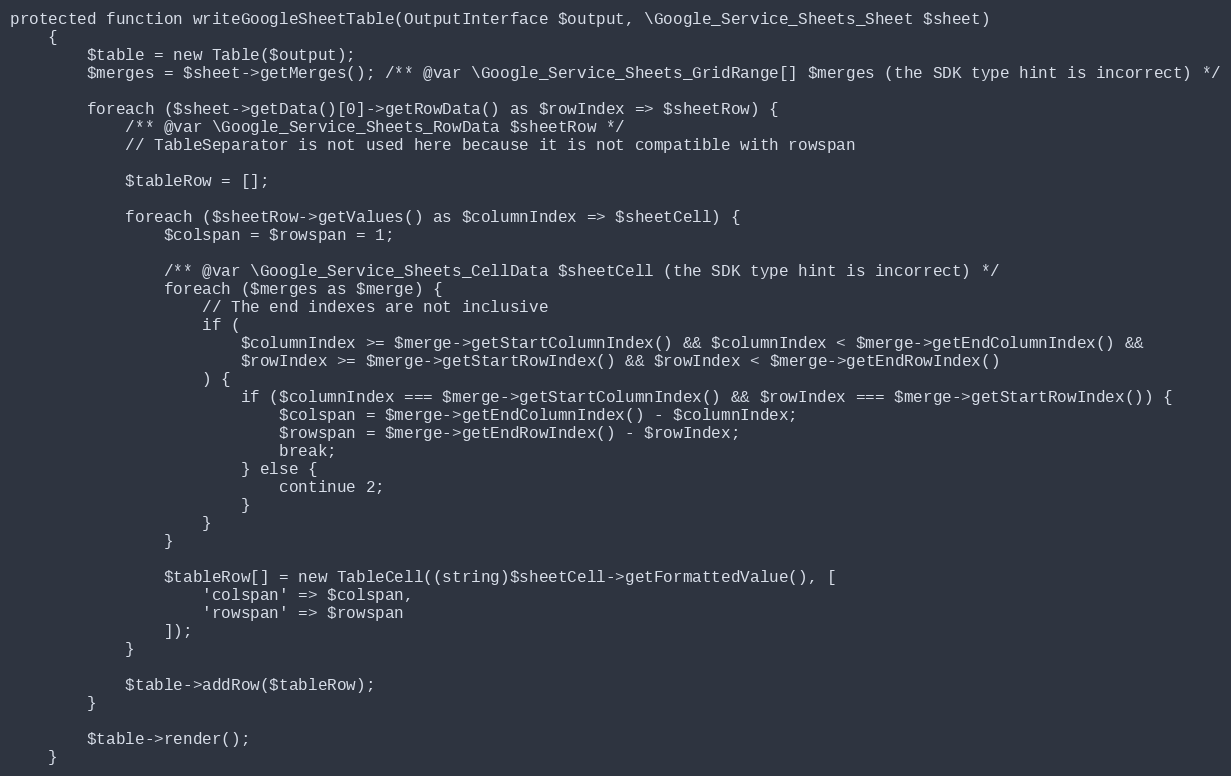
Language: PHP
protected function writeGoogleSheetTable(OutputInterface $output, \Google_Service_Sheets_Sheet $sheet)
    {
        $table = new Table($output);
        $merges = $sheet->getMerges(); /** @var \Google_Service_Sheets_GridRange[] $merges (the SDK type hint is incorrect) */

        foreach ($sheet->getData()[0]->getRowData() as $rowIndex => $sheetRow) {
            /** @var \Google_Service_Sheets_RowData $sheetRow */
            // TableSeparator is not used here because it is not compatible with rowspan

            $tableRow = [];

            foreach ($sheetRow->getValues() as $columnIndex => $sheetCell) {
                $colspan = $rowspan = 1;

                /** @var \Google_Service_Sheets_CellData $sheetCell (the SDK type hint is incorrect) */
                foreach ($merges as $merge) {
                    // The end indexes are not inclusive
                    if (
                        $columnIndex >= $merge->getStartColumnIndex() && $columnIndex < $merge->getEndColumnIndex() &&
                        $rowIndex >= $merge->getStartRowIndex() && $rowIndex < $merge->getEndRowIndex()
                    ) {
                        if ($columnIndex === $merge->getStartColumnIndex() && $rowIndex === $merge->getStartRowIndex()) {
                            $colspan = $merge->getEndColumnIndex() - $columnIndex;
                            $rowspan = $merge->getEndRowIndex() - $rowIndex;
                            break;
                        } else {
                            continue 2;
                        }
                    }
                }

                $tableRow[] = new TableCell((string)$sheetCell->getFormattedValue(), [
                    'colspan' => $colspan,
                    'rowspan' => $rowspan
                ]);
            }

            $table->addRow($tableRow);
        }

        $table->render();
    }